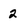
Character: 2